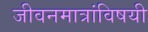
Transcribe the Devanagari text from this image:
जीवनमात्रांविषयी